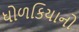
ધોળકિયાનો